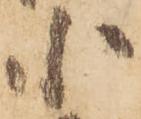
小